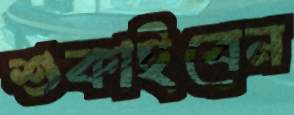
শুকাইবেন